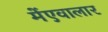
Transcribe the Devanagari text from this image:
मेंएवालार